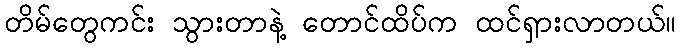
တိမ်တွေကင်း သွားတာနဲ့ တောင်ထိပ်က ထင်ရှားလာတယ်။